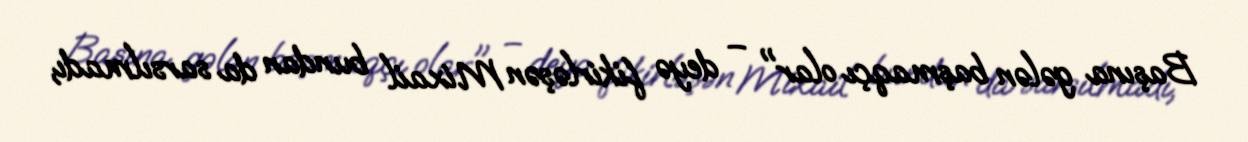
Başına gələn başmaqçı olar" – deyə fikirləşən Mixail bundan da sarsılmadı,